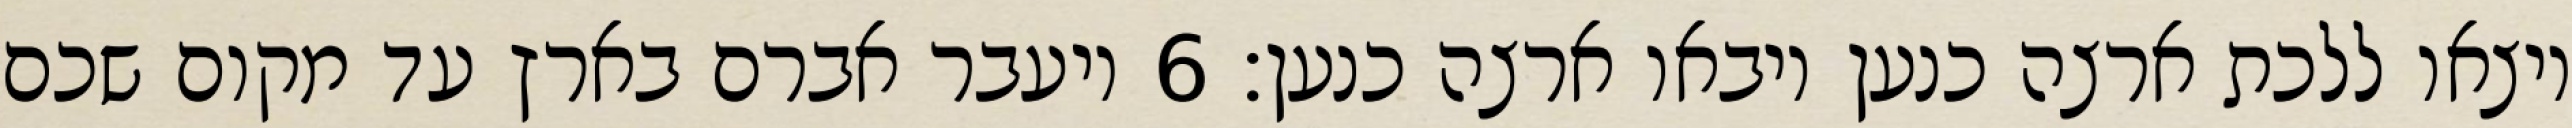
ויצאו ללכת ארצה כנען ויבאו ארצה כנען׃ ‎6‏ ויעבר אברם בארץ עד מקום שכם